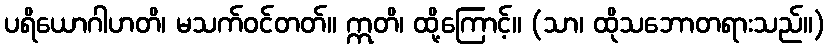
ပရိယောဂါဟတိ၊ မသက်ဝင်တတ်။ ဣတိ၊ ထို့ကြောင့်။ (သာ၊ ထိုသဘောတရားသည်။)